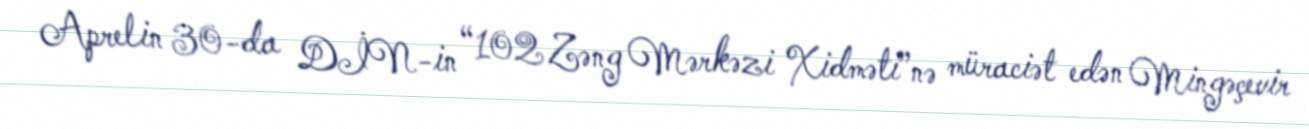
Aprelin 30-da DİN-in “102 Zəng Mərkəzi Xidməti”nə müraciət edən Mingəçevir